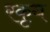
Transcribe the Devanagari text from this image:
रकृय